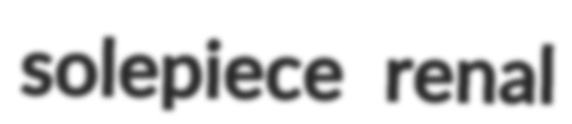
solepiece renal